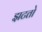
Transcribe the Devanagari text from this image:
झटतो